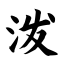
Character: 泼